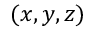
( x , y , z )